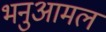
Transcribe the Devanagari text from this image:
भनुआमल